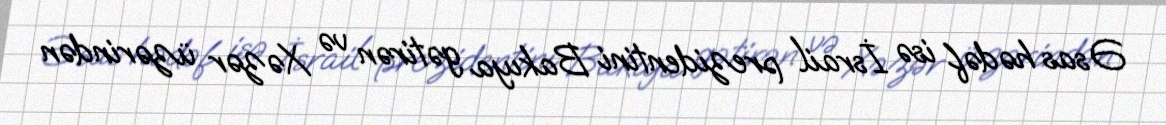
Əsas hədəf isə İsrail prezidentini Bakıya gətirən və Xəzər üzərindən